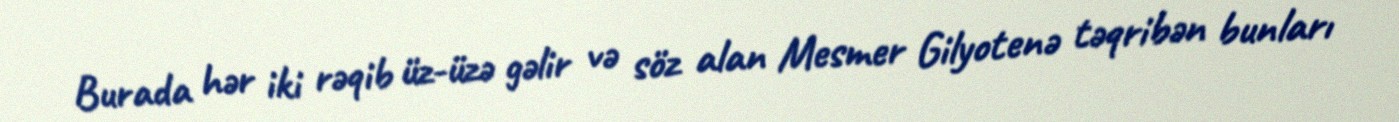
Burada hər iki rəqib üz-üzə gəlir və söz alan Mesmer Gilyotenə təqribən bunları